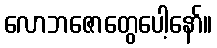
လောဘဇောတွေပေါ့နော်။